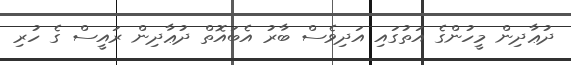
ދުޢާދިން މީހުންގެ އަތުގައި އަދިވެސް ބާރު އެބައޮތް ދުޢާދިން ރައީސް ގެ ހުރި